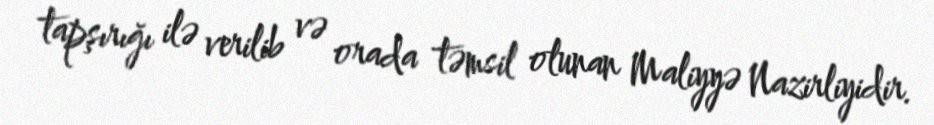
tapşırığı ilə verilib və orada təmsil olunan Maliyyə Nazirliyidir.